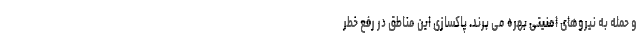
و حمله به نیروهای امنیتی بهره می برند. پاکسازی این مناطق در رفع خطر